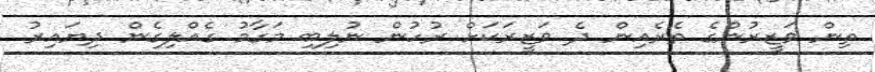
ތިން ވަޒީރުންގެ ތެރެއިން ދެ ވަޒީރަކަށް ރުހުން ނުލިބި މަގާމު ގެއްލިގެން ދިޔައިރު